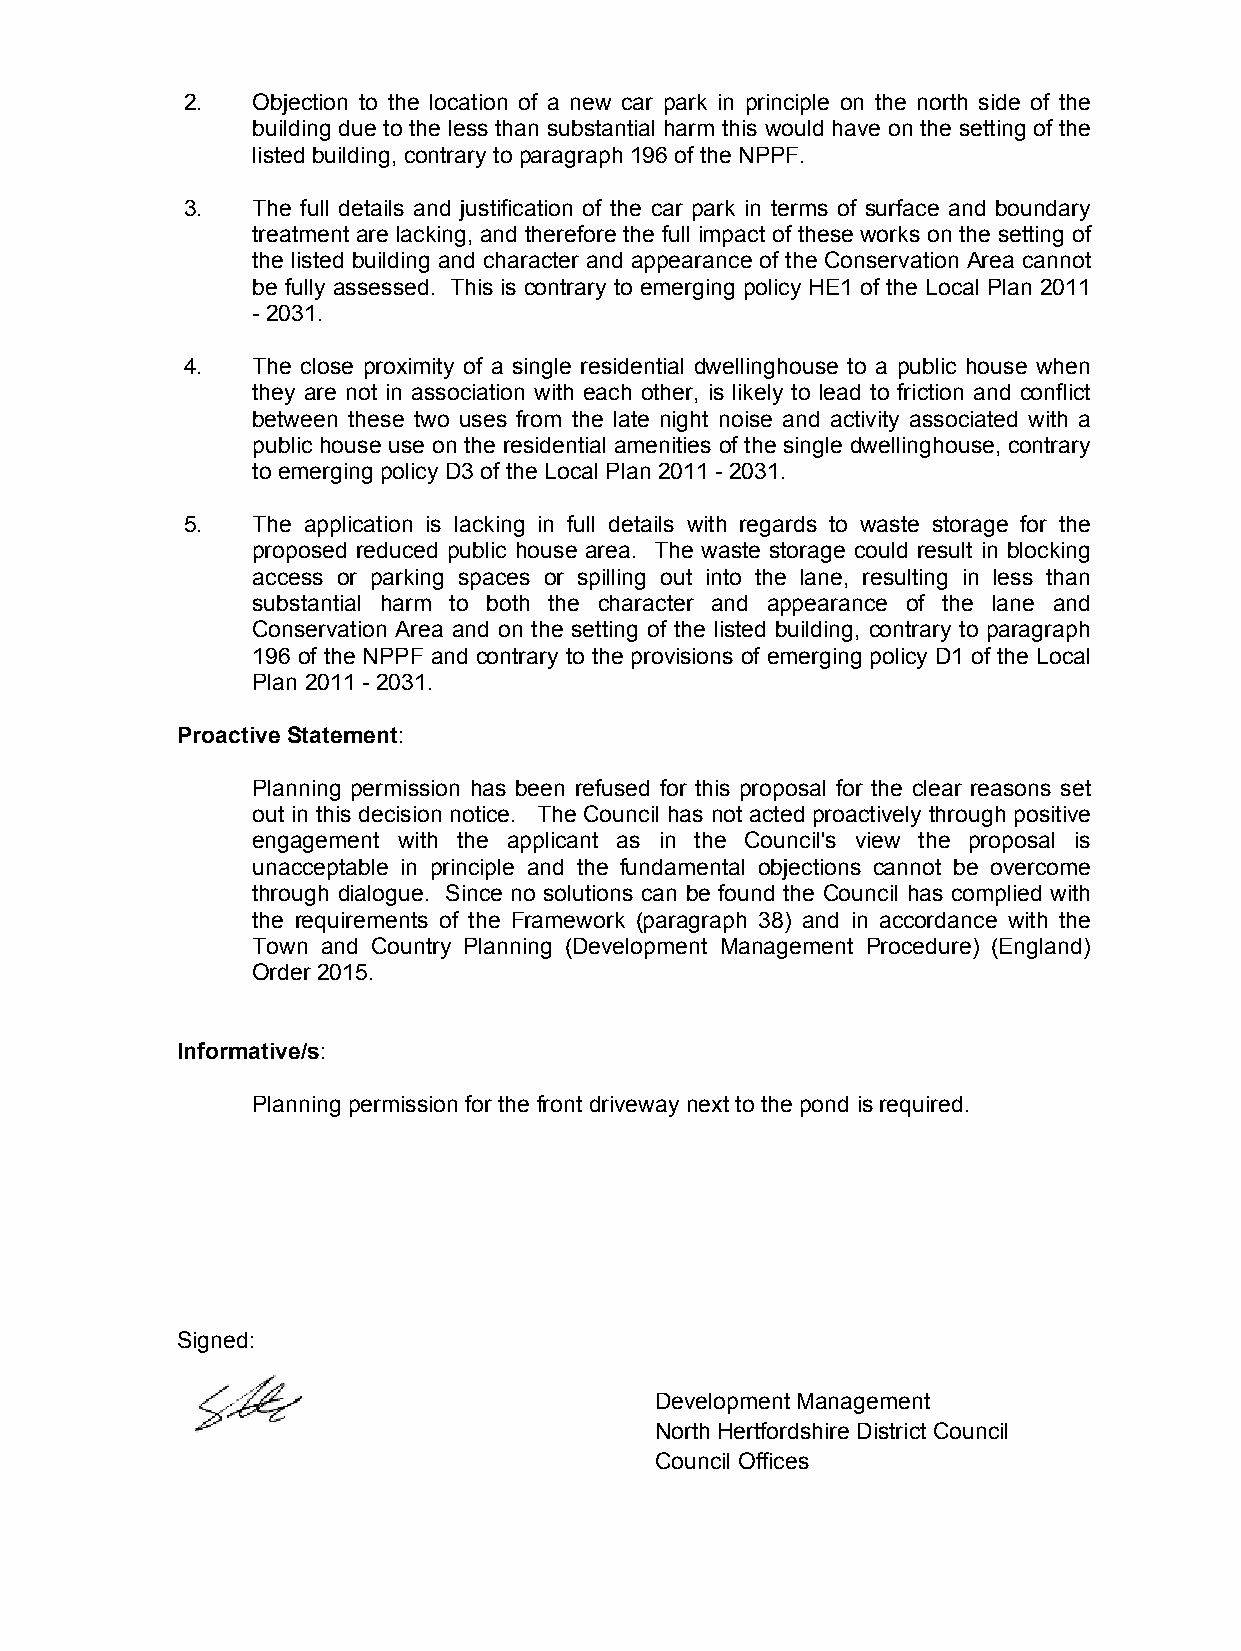
2.   Objection to the location of a new car park in principle on the north side of the
 building due to the less than substantial harm this would have on the setting of the
 listed building, contrary to paragraph 196 of the NPPF.
 3.   The full details and justification of the car park in terms of surface and boundary
 treatment are lacking, and therefore the full impact of these works on the setting of
 the listed building and character and appearance of the Conservation Area cannot
 be fully assessed. This is contrary to emerging policy HE1 of the Local Plan 2011
 - 2031.
 4.   The close proximity of a single residential dwellinghouse to a public house when
 they are not in association with each other, is likely to lead to friction and conflict
 between these two uses from the late night noise and activity associated with a
 public house use on the residential amenities of the single dwellinghouse, contrary
 to emerging policy D3 of the Local Plan 2011 - 2031.
 5.   The application is lacking in full details with regards to waste storage for the
 proposed reduced public house area. The waste storage could result in blocking
 access or parking spaces or spilling out into the lane, resulting in less than
 substantial harm to both the character and appearance of the lane and
 Conservation Area and on the setting of the listed building, contrary to paragraph
 196 of the NPPF and contrary to the provisions of emerging policy D1 of the Local
 Plan 2011 - 2031.
 Proactive Statement:
 Planning permission has been refused for this proposal for the clear reasons set
 out in this decision notice. The Council has not acted proactively through positive
 engagement with the applicant as in the Council's view the proposal is
 unacceptable in principle and the fundamental objections cannot be overcome
 through dialogue. Since no solutions can be found the Council has complied with
 the requirements of the Framework (paragraph 38) and in accordance with the
 Town and Country Planning (Development Management Procedure) (England)
 Order 2015.
 Informative/s:
 Planning permission for the front driveway next to the pond is required.
 Signed:
 Development Management
 North Hertfordshire District Council
 Council Offices